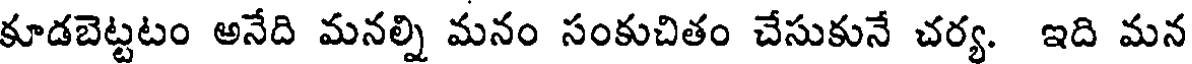
కూడబెట్టటం అనేది మనల్ని మనం సంకుచితం చేసుకునే చర్య. ఇది మన